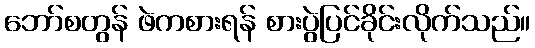
ဘော်စတွန် ဖဲကစားရန် စားပွဲပြင်ခိုင်းလိုက်သည်။